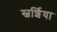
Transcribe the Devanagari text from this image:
स्वर्शिया